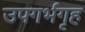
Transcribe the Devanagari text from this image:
उपगर्भगृह